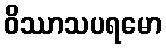
ဝိဿာသပရမော